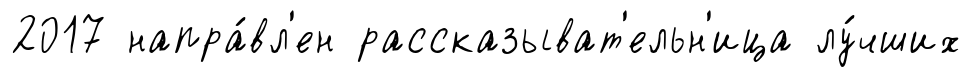
2017 напра́вл'ен рассказыват'ельн'ица лу́чших